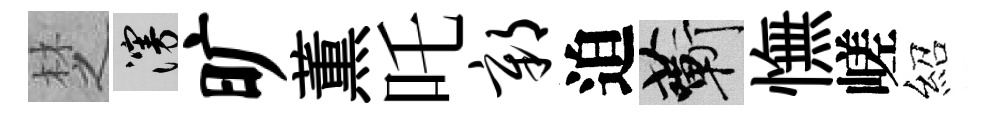
椘漫旷薫吒鄣迫蔪憮嵯紹